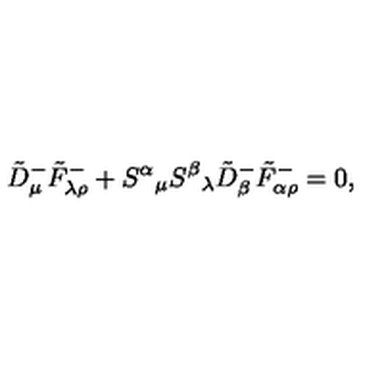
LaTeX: \tilde { D } _ { \mu } ^ { - } \tilde { F } _ { \lambda \rho } ^ { - } + S ^ { \alpha } { } _ { \mu } S ^ { \beta } { } _ { \lambda } \tilde { D } _ { \beta } ^ { - } \tilde { F } _ { \alpha \rho } ^ { - } = 0 ,